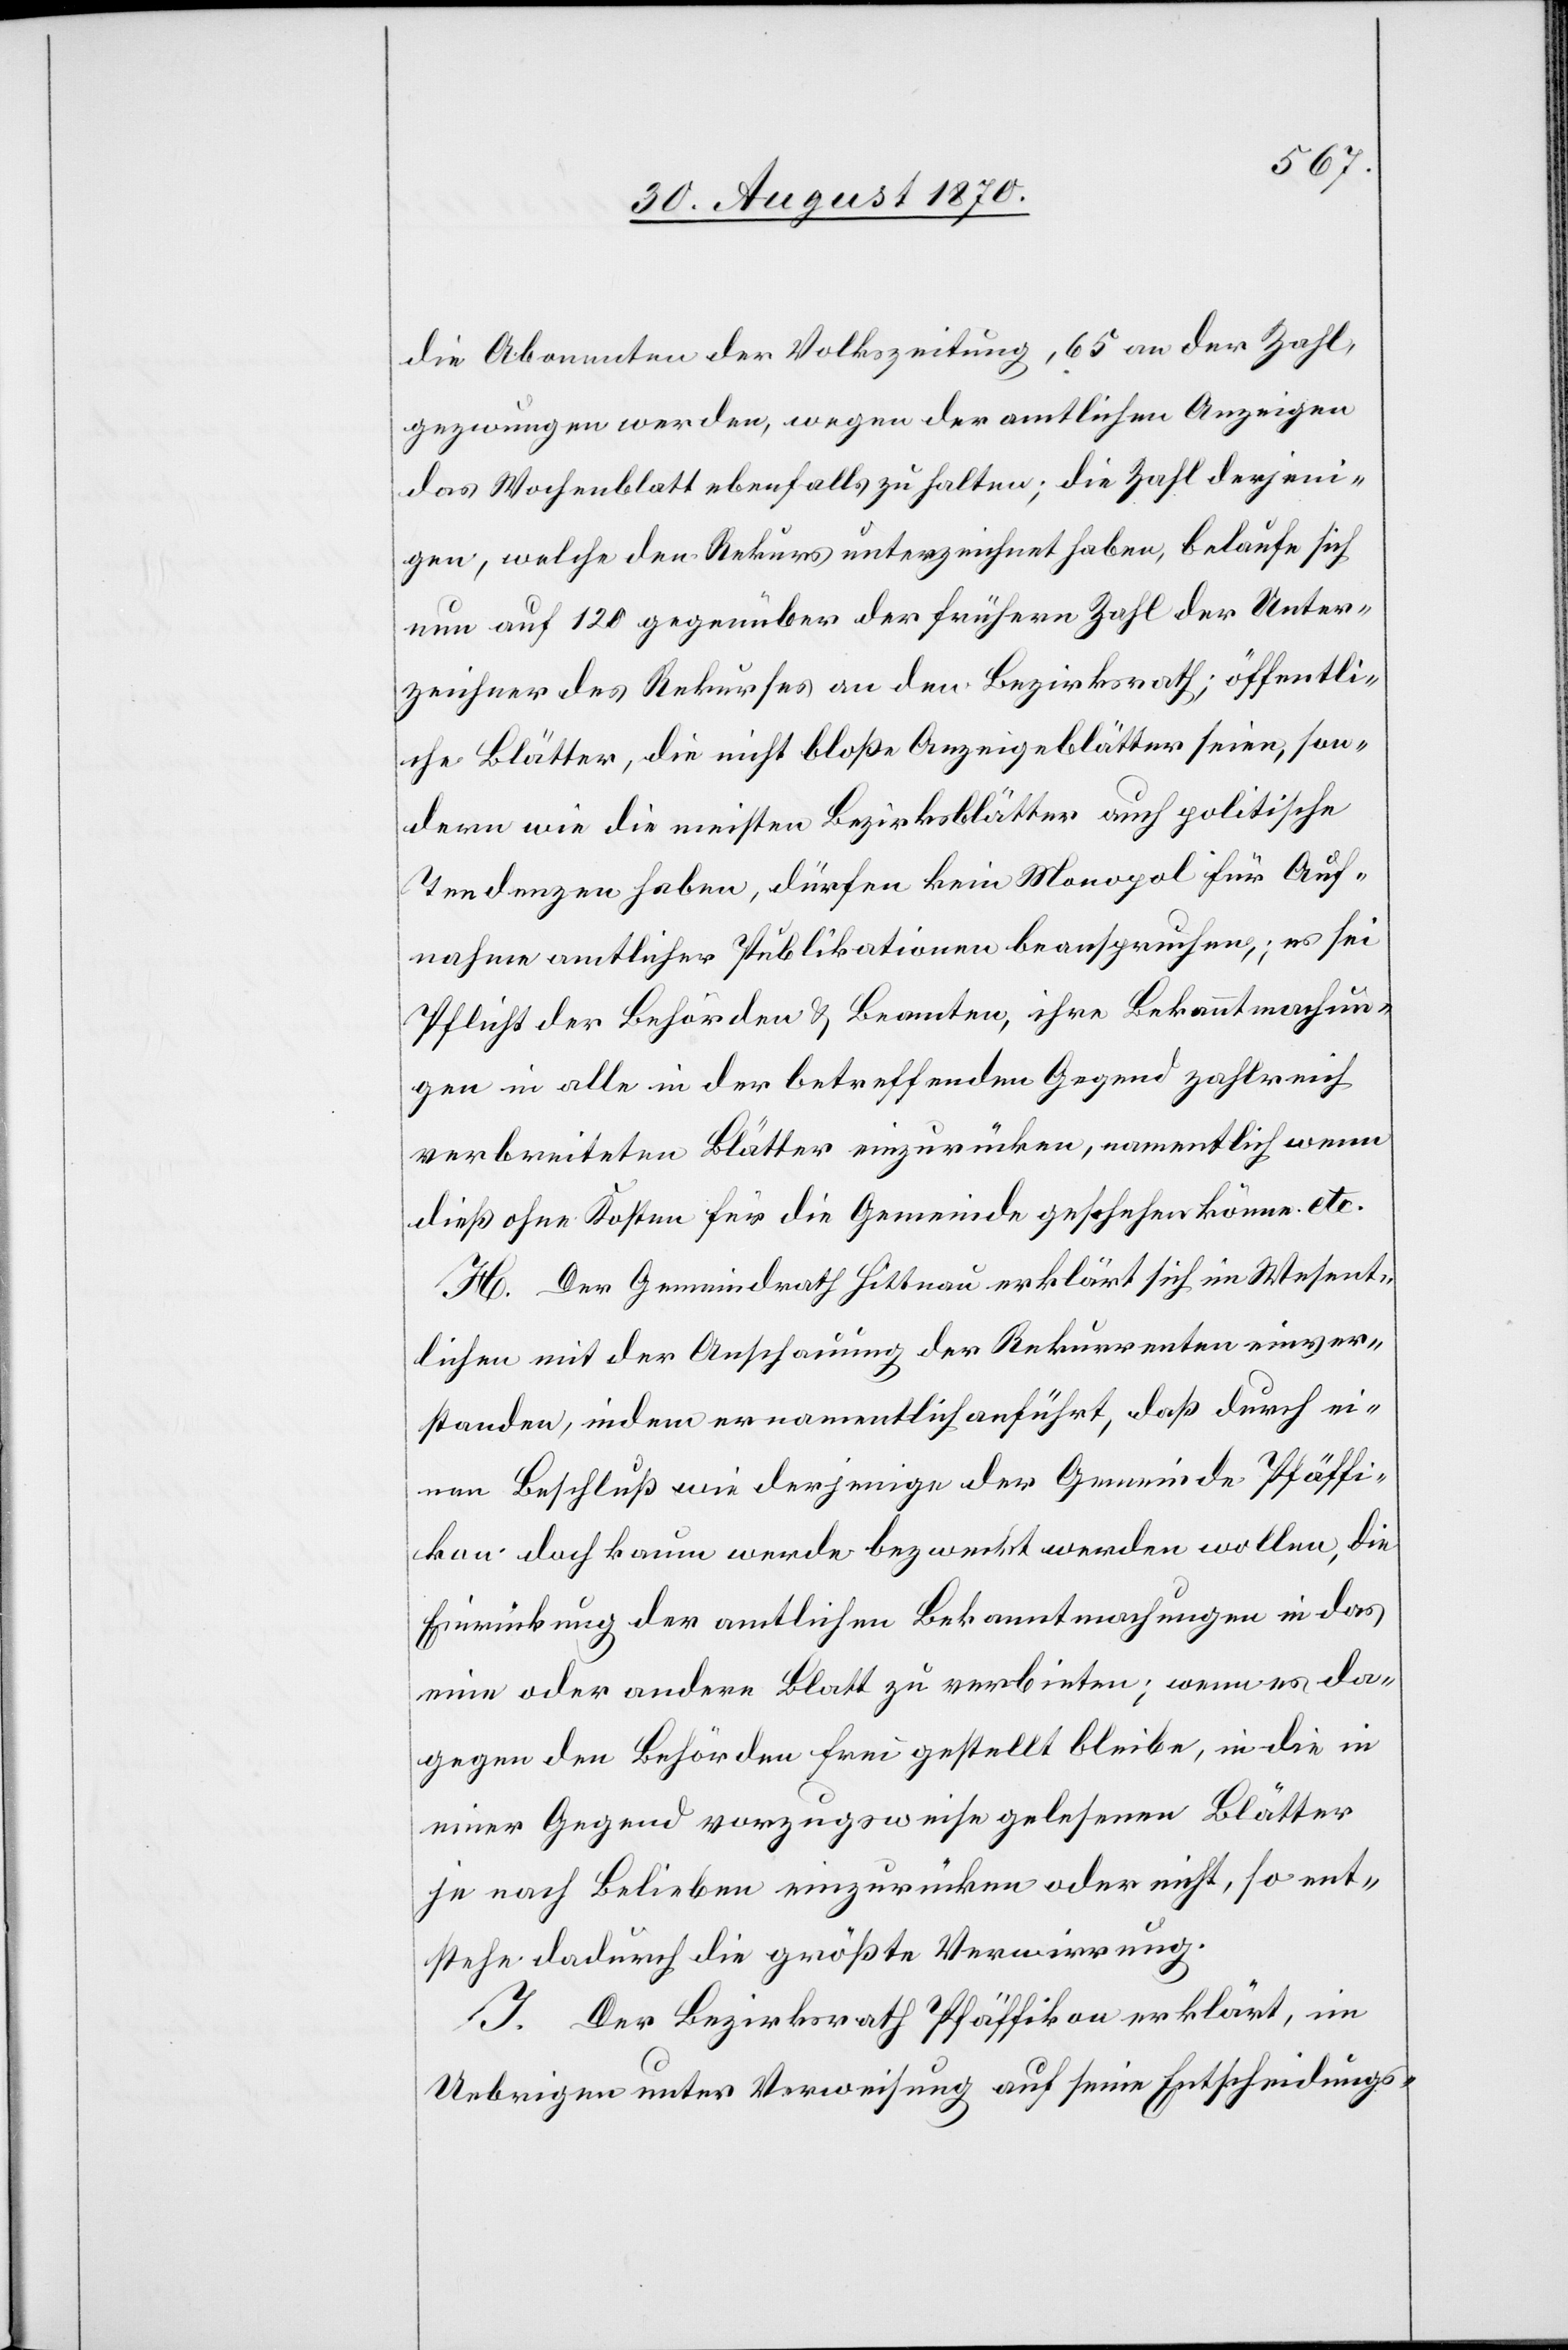
die Abonnenten der Volkszeitung, 65 an der Zahl,
gezwungen werden, wegen der amtlichen Anzeigen
das Wochenblatt ebenfalls zu halten; die Zahl derjeni¬
gen, welche den Rekurs unterzeichnet haben, belaufe sich
nun auf 120 gegenüber der frühern Zahl der Unter¬
zeichner des Rekurses an den Bezirksrath; öffentli¬
che Blätter, die nicht bloß Anzeigeblätter seien, son¬
dern wie die meisten Bezirksblätter auch politische
Tendenzen haben, dürfen kein Monopol für Auf¬
nahme amtlicher Publikationen beanspruchen; es sei
Pflicht der Behörden & Beamten, ihre Bekanntmachun¬
gen in alle in der betreffenden Gegen zahlreich
verbreiteten Blätter einzurücken, namentlich wenn
dieß ohne Kosten für die Gemeinde geschehen könne etc.
H. Der Gemeindrath Hittnau erklärt sich im Wesent¬
lichen mit der Anschauung der Rekurrenten einver¬
standen, indem er namentlich anführt, daß durch ei¬
nen Beschluß wie derjenige der Gemeinde Pfäffi¬
kon doch kaum werde bezweckt werden wollen, die
Einrückung der amtlichen Bekanntmachungen in das
eine oder andere Blatt zu verbieten; wenn es da¬
gegen den Behörden frei gestellt bleibe, in die in
einer Gegend vorzugsweise gelesenen Blätter
je nach Belieben einzurücken oder nicht, so ent¬
stehe dadurch die größte Verwirrung.
J. Der Bezirksrath Pfäffikon erklärt, im
Uebrigen unter Verweisung auf seine Entscheidungs-